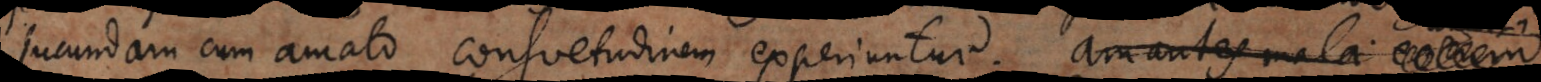
jucundam cum amato consuetudinem experiuntur; amantes mala e